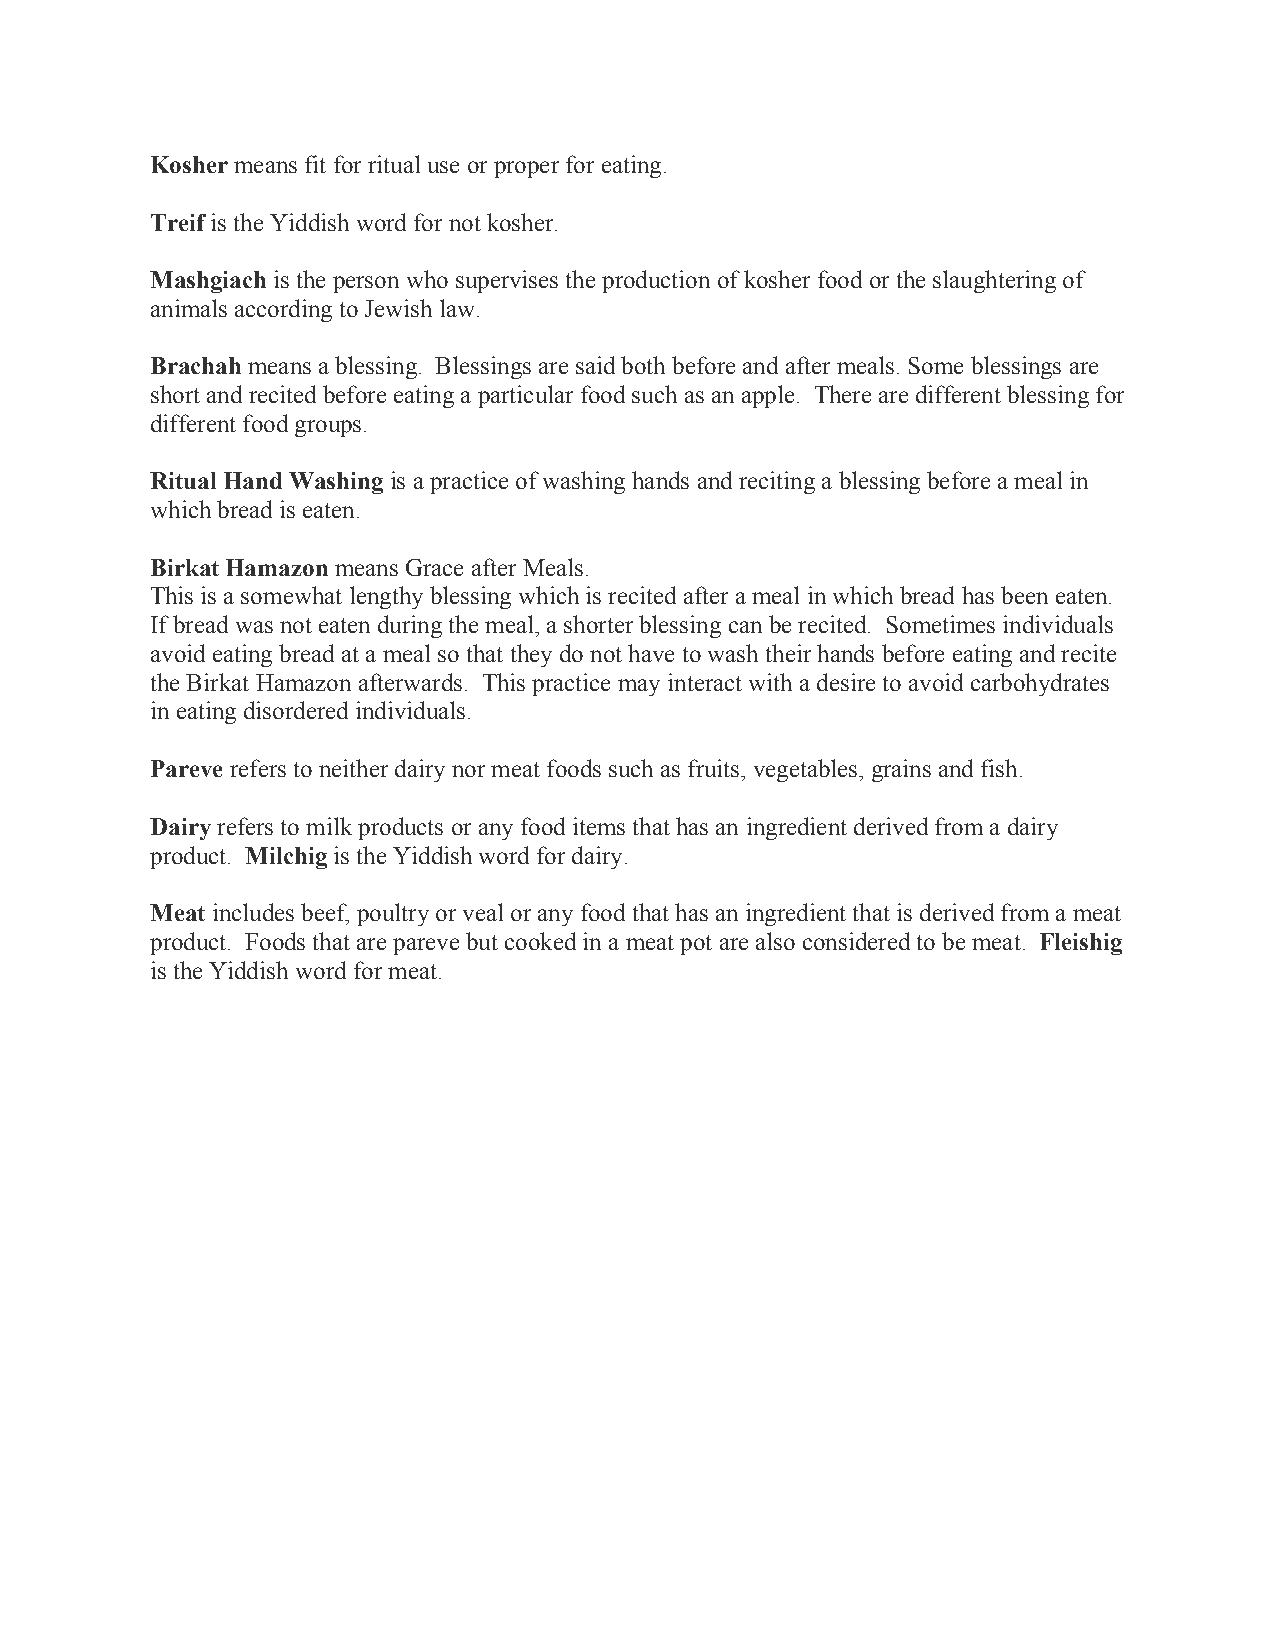
Kosher means fit for ritual use or proper for eating.
 Treif is the Yiddish word for not kosher.
 Mashgiach is the person who supervises the production of kosher food or the slaughtering of
 animals according to Jewish law.
 Brachah means a blessing. Blessings are said both before and after meals. Some blessings are
 short and recited before eating a particular food such as an apple. There are different blessing for
 different food groups.
 Ritual Hand Washing is a practice of washing hands and reciting a blessing before a meal in
 which bread is eaten.
 Birkat Hamazon means Grace after Meals.
 This is a somewhat lengthy blessing which is recited after a meal in which bread has been eaten.
 If bread was not eaten during the meal, a shorter blessing can be recited. Sometimes individuals
 avoid eating bread at a meal so that they do not have to wash their hands before eating and recite
 the Birkat Hamazon afterwards. This practice may interact with a desire to avoid carbohydrates
 in eating disordered individuals.
 Pareve refers to neither dairy nor meat foods such as fruits, vegetables, grains and fish.
 Dairy refers to milk products or any food items that has an ingredient derived from a dairy
 product. Milchig is the Yiddish word for dairy.
 Meat includes beef, poultry or veal or any food that has an ingredient that is derived from a meat
 product. Foods that are pareve but cooked in a meat pot are also considered to be meat. Fleishig
 is the Yiddish word for meat.